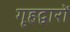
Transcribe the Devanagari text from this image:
गृहद्वारों